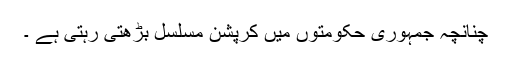
چنانچہ جمہوری حکومتوں میں کرپشن مسلسل بڑھتی رہتی ہے ۔